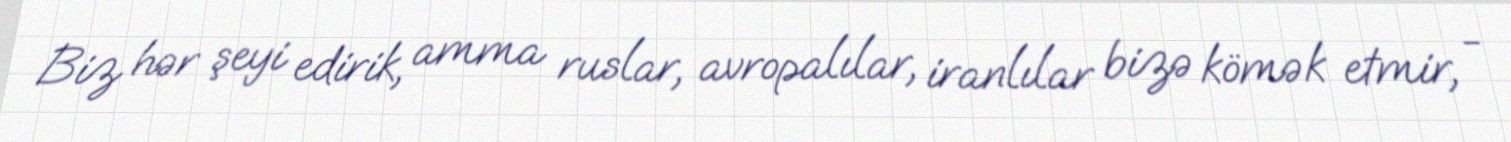
Biz hər şeyi edirik, amma ruslar, avropalılar, iranlılar bizə kömək etmir, -